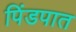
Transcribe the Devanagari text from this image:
पिंडपात